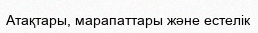
Атақтары, марапаттары және естелік